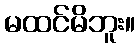
မထင်မိဘူး။